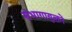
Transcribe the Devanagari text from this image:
संभागायुक्तों